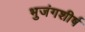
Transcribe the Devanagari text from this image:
भुजंगशीर्ष